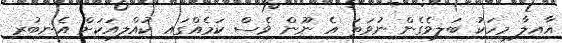
އާއިލާ މީހަކު ބަލިވެގެން ނުވަތަ އެ ނޫން ވެސް ކަމެއްގައި ކުއްލިއަކަށް އެނބުރި